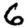
Digit: 6